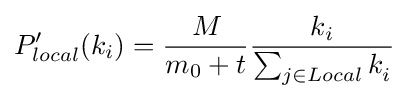
P_{local}'(k_{i})={\frac {M_{}}{m_{0}+t}}{\frac {k_{i}}{\sum _{j\in Local}k_{i}^{}}}